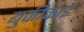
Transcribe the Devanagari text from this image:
युकीकाई